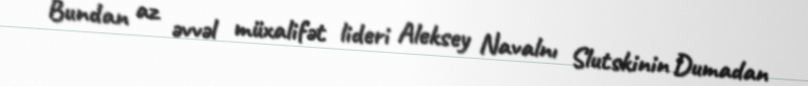
Bundan az əvvəl müxalifət lideri Aleksey Navalnı Slutskinin Dumadan